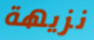
نزيهة